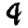
Digit: 9